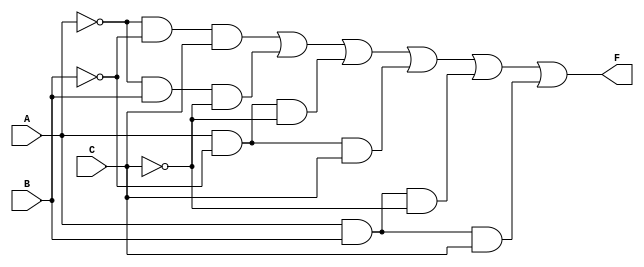
module three_variable_kmap (
    input wire A,  // Input A
    input wire B,  // Input B
    input wire C,  // Input C
    output wire F  // Output F
);

// The output F is derived from the K-map simplification.
// The simplified expression for the K-map is:
// F = A'B'C + A'BC' + AB'C' + AB'C + ABC
// This can also be expressed as:
// F = A'B + AB' + AC

assign F = ( ~A & ~B & C ) |  // Minterm 1 (A'B'C)
           ( ~A & B & ~C ) |  // Minterm 3 (A'BC')
           ( A & ~B & ~C ) |  // Minterm 4 (AB'C')
           ( A & ~B & C ) |   // Minterm 5 (AB'C)
           ( A & B & ~C ) |   // Minterm 6 (ABC')
           ( A & B & C );     // Minterm 7 (ABC)

endmodule